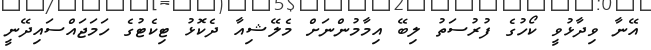
އޭނާ ވިދާޅުވީ ކޯހުގެ ފުރުސަތު ލިބޭ އިމާމުންނަށް މެލޭޝިއާ ދެކޮޅު ޓިކެޓުގެ ހަމަޖައްސައިދޭނީ